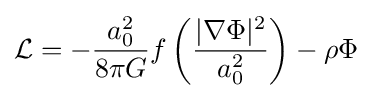
{\mathcal {L}}=-{\frac {a_{0}^{2}}{8\pi G}}f\left({\frac {|\nabla \Phi |^{2}}{a_{0}^{2}}}\right)-\rho \Phi